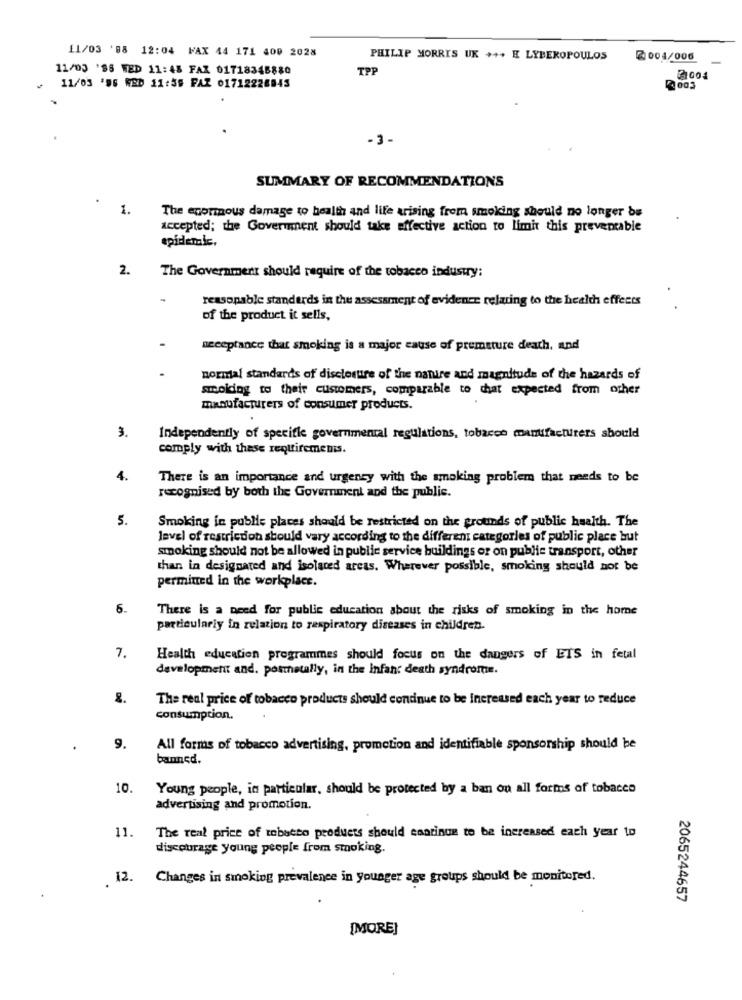
11/03 '88 12:04 PAX 44 171 400 2028
PHILIP MORRIS UK +++ E LIBEROPOULOS
2004/006
11/03 '98 WED 11:45 FAX 01718345880
TPP
2004
~ 11/03 '96 WBD 11:59 FAX 01712228845
4 003
-3-
SUMMARY OF RECOMMENDATIONS
1.
The enormous damage to health and life arising from smoking should no longer be
accepted; the Government should take affective action to limit this preventable
epidemie,
2.
The Government should require of the tobacco industry;
reasonable standards in the assessment of evidence relating to the health effects
of the product it sells,
seceptance that smoking is a major cause of premature death, and
normal standards of disclosure of the nature and magnitude of the hazards of
smoking to their customers, comparable to chat expected from other
manufacturers of consumer products.
3.
Independently of specifie governmental regulations, tobacco manufacturers should
comply with these requirements.
4.
There is an importance and urgency with the smoking problem that needs to be
recognised by both the Government and the public.
5.
Smoking in publie places should be restricted on the grounds of public health. The
level of restriction should vary according to the different categories of public place but
smoking should not be allowed in public service buildings or on public transport, other
than in designated and isolated areas. Wherever possible, smoking should not be
permitted in the workplace.
6.
There is a need for public education about the risks of smoking in the home
particularly in relation to respiratory diseases in children.
7.
Health education programmes should focus on the dangers of ETS in fetal
development and. posmetally, in the Infant death syndrome.
8.
The real price of tobacco products should continue to be increased each year to reduce
consumption.
9.
All forms of tobacco advertising, promotion and identifiable sponsorship should be
banned.
10.
Young people, in particular, should be protected by a ban ou all forms of tobacco
advertising and promotion.
11.
The real price of tobacco products should continue to be increased each year to
discourage young people from smoking.
. 12.
Changes in smoking prevalence in younger age groups should be monitored.
2065244657
[MORE]